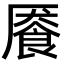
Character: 餍